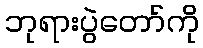
ဘုရားပွဲတော်ကို